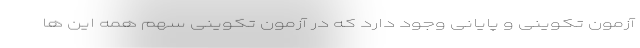
آزمون تکوینی و پایانی وجود دارد که در آزمون تکوینی سهم همه این ها